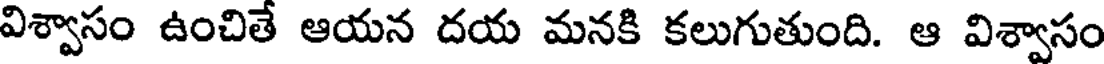
విశ్వాసం ఉంచితే ఆయన దయ మనకి కలుగుతుంది. ఆ విశ్వాసం